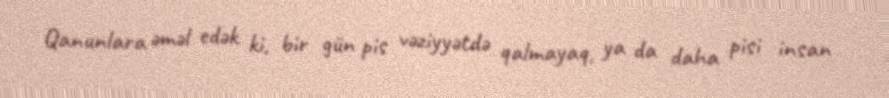
Qanunlara əməl edək ki, bir gün pis vəziyyətdə qalmayaq, ya da daha pisi insan